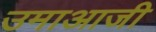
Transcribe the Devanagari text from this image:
उमाआजी